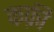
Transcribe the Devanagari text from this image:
कफ़ी